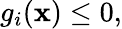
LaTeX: g_{i}(\mathbf{x})\leq 0,